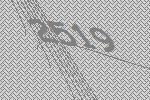
2519